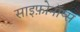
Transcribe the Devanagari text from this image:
साइफ़ोनॉप्स